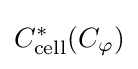
C_{\mathrm {cell} }^{*}(C_{\varphi })